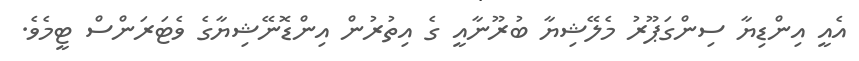
އެއީ އިންޑިޔާ ސިންގަޕޫރު މެލޭޝިޔާ ބުރޫނާއީ ގެ އިތުރުން އިންޑޮނޭޝިޔާގެ ވެޓަރަންސް ޓީމެވެ.